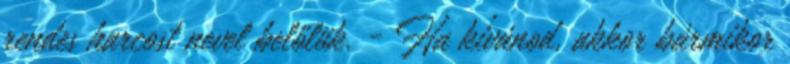
rendes harcost nevel belőlük. - Ha kívánod, akkor bármikor